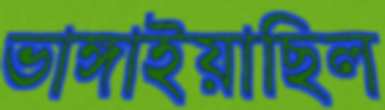
ভাঙ্গাইয়াছিল